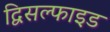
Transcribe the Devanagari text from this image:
द्विसल्फाइड